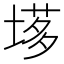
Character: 𡏗